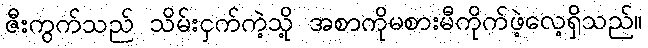
ဇီးကွက်သည် သိမ်းငှက်ကဲ့သို့ အစာကိုမစားမီကိုက်ဖဲ့လေ့ရှိသည်။